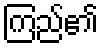
ကြည်၏